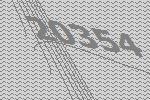
20354